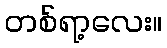
တစ်ရာ့လေး။